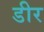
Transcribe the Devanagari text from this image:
डीर